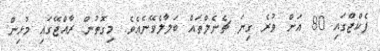
ޕެކްޖްގައި 80 އަށް ވުރެ ގިނަ ޗެނެލްތައް ބަލާލެވޭނެއެވެ. މިގޮތުން ރާއްޖޭގައި މުޅިން